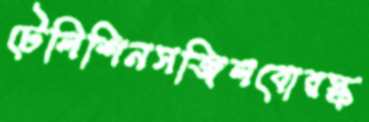
টেলিশিনসজিলবোরস্ক